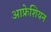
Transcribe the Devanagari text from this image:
आफ्रेशियन